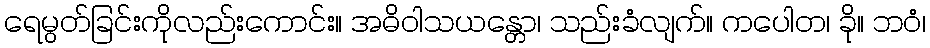
ရေမွတ်ခြင်းကိုလည်းကောင်း။ အဓိဝါသယန္တော၊ သည်းခံလျက်။ ကပေါတ၊ ခို။ ဘဝံ၊